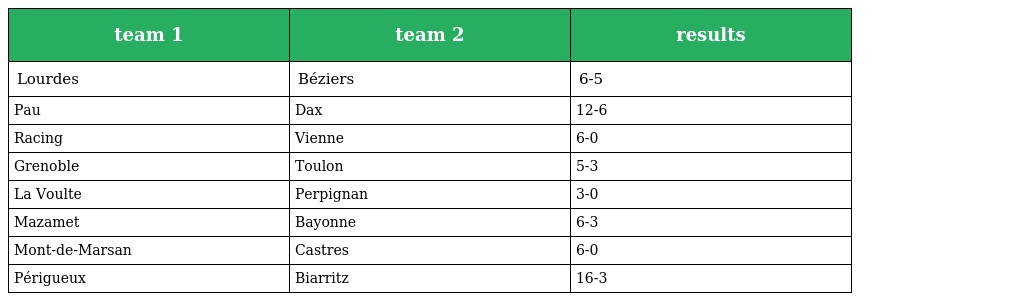
| team 1 | team 2 | results |
 | --- | --- | --- |
 | Lourdes | Béziers | 6-5 |
 | Pau | Dax | 12-6 |
 | Racing | Vienne | 6-0 |
 | Grenoble | Toulon | 5-3 |
 | La Voulte | Perpignan | 3-0 |
 | Mazamet | Bayonne | 6-3 |
 | Mont-de-Marsan | Castres | 6-0 |
 | Périgueux | Biarritz | 16-3 |